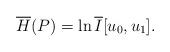
LaTeX: \begin{align*} \overline{H}(P)=\ln \overline{I} [u_0,u_1 ]. \end{align*}